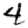
Digit: 4